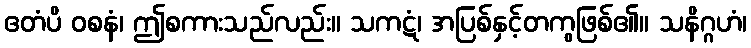
ဧတံပိ ဝစနံ၊ ဤစကားသည်လည်း။ သကဋံ၊ အပြစ်နှင့်တကွဖြစ်၏။ သနိဂ္ဂဟံ၊